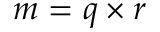
m = q \times r